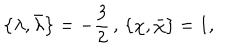
\left\{ \lambda , \bar { \lambda } \right\} = - \frac { 3 } { 2 } \, , \, \left\{ \chi , \bar { \chi } \right\} = 1 ,